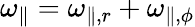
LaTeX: \omega_{\parallel}=\omega_{\parallel,r}+\omega_{\parallel,\phi}